Annual report on the Civil Veterinary Department, Burma (including the Insein Veterinary School) - 1923-1931
Year: 1923
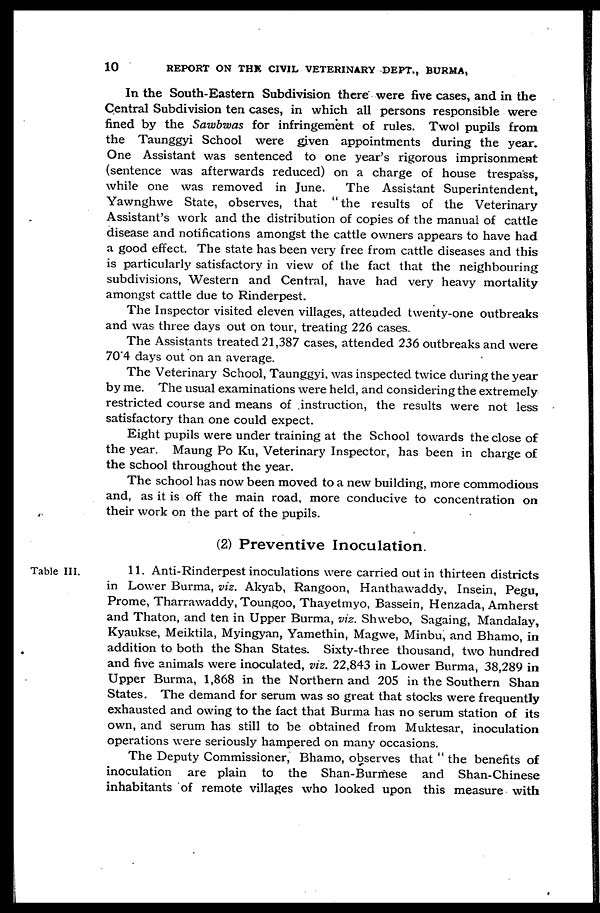
10
REPORT ON THE CIVIL VETERINARY DEPT., BURMA,
In the South-Eastern Subdivision there were five cases, and in the
Central Subdivision ten cases, in which all persons responsible were
fined by the Sawbwas for infringement of rules. Twol pupils from
the Taunggyi School were given appointments during the year.
One Assistant was sentenced to one year's rigorous imprisonment
(sentence was afterwards reduced) on a charge of house trespass,
while one was removed in June.
The Assistant Superintendent,
Yawnghwe State, observes, that " the results of the Veterinary
Assistant's work and the distribution of copies of the manual of cattle
disease and notifications amongst the cattle owners appears to have had
a good effect. The state has been very free from cattle diseases and this
is particularly satisfactory in view of the fact that the neighbouring
subdivisions, Western and Central, have had very heavy mortality
amongst cattle due to Rinderpest.
The Inspector visited eleven villages, attended twenty-one outbreaks
and was three days out on tour, treating 226 cases.
The Assistants treated 21,387 cases, attended 236 outbreaks and were
70.4 days out on an average.
The Veterinary School, Taunggyi, was inspected twice during the year
by me. The usual examinations were held, and considering the extremely
restricted course and means of instruction, the results were not less
satisfactory than one could expect.
Eight pupils were under training at the School towards the close of
the year. Maung Po Ku, Veterinary Inspector, has been in charge of
the school throughout the year.
The school has now been moved to a new building, more commodious
and, as it is off the main road, more conducive to concentration on
their work on the part of the pupils.
(2) Preventive Inoculation.
Table III.
11. Anti-Rinderpest inoculations were carried out in thirteen districts
in Lower Burma, viz. Akyab, Rangoon, Hanthawaddy, Insein, Pegu,
Prome, Tharrawaddy, Toungoo, Thayetmyo, Bassein, Henzada, Amherst
and Thaton, and ten in Upper Burma, viz. Shwebo, Sagaing, Mandalay,
Kyaukse, Meiktila, Myingyan, Yamethin, Magwe, Minbu, and Bhamo, in
addition to both the Shan States. Sixty-three thousand, two hundred
and five animals were inoculated, viz. 22,843 in Lower Burma, 38,289 in
Upper Burma, 1,868 in the Northern and 205 in the Southern Shan
States. The demand for serum was so great that stocks were frequently
exhausted and owing to the fact that Burma has no serum station of its
own, and serum has still to be obtained from Muktesar, inoculation
operations were seriously hampered on many occasions.
The Deputy Commissioner, Bhamo, observes that " the benefits of
inoculation are plain to the Shan-Burmese and Shan-Chinese
inhabitants of remote villages who looked upon this measure with